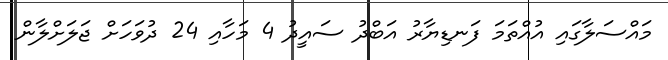
މައްސަލާގައި އުއްތަމަ ފަނޑިޔާރު އަބްދު ސައީދު 4 މަހާއި 24 ދުވަހަށް ޖަލަށްލާން